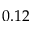
0 . 1 2